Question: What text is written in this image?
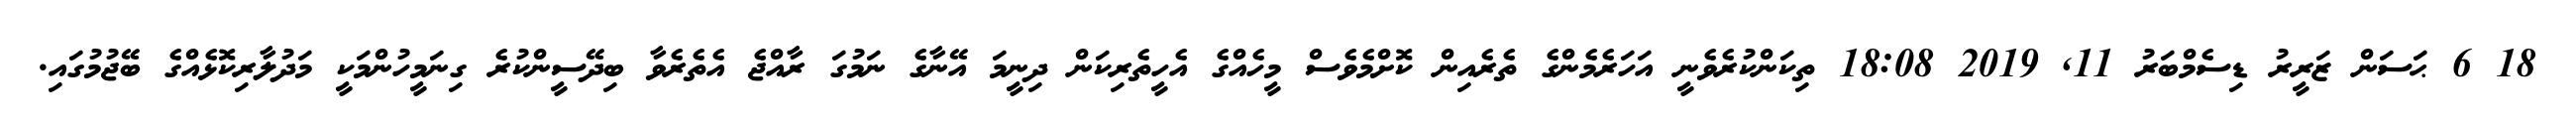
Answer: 18 6 ޙަސަން ޒަރީރު ޑިސެމްބަރު 11, 2019 18:08 ތިކަންކުރެވެނީ އަހަރެމެންގެ ތެރެއިން ކޮށްމެވެސް މީހެއްގެ އެހީތެރިކަން ދިނީމަ އޭނާގެ ނަމުގަ ރާއްޖެ އެތެރެވާ ބިދޭސީންކުރެ ގިނަމީހުންމަކީ މަދުލާރިކޮޅެއްގެ ބޭޖުމުގައި.